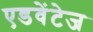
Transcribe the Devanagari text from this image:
एडवेंटेज